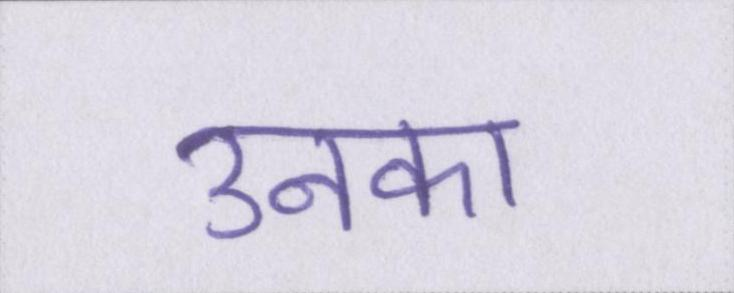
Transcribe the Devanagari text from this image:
उनका